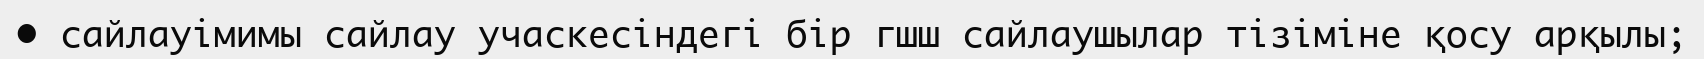
•	сайлауімимы сайлау учаскесіндегі бір гшш сайлаушылар тізіміне қосу арқылы;